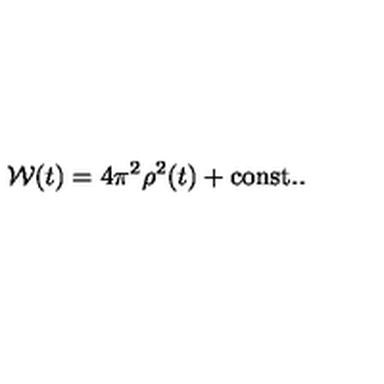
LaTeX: { \cal W } ( t ) = 4 \pi ^ { 2 } \rho ^ { 2 } ( t ) + \mathrm { c o n s t . } .